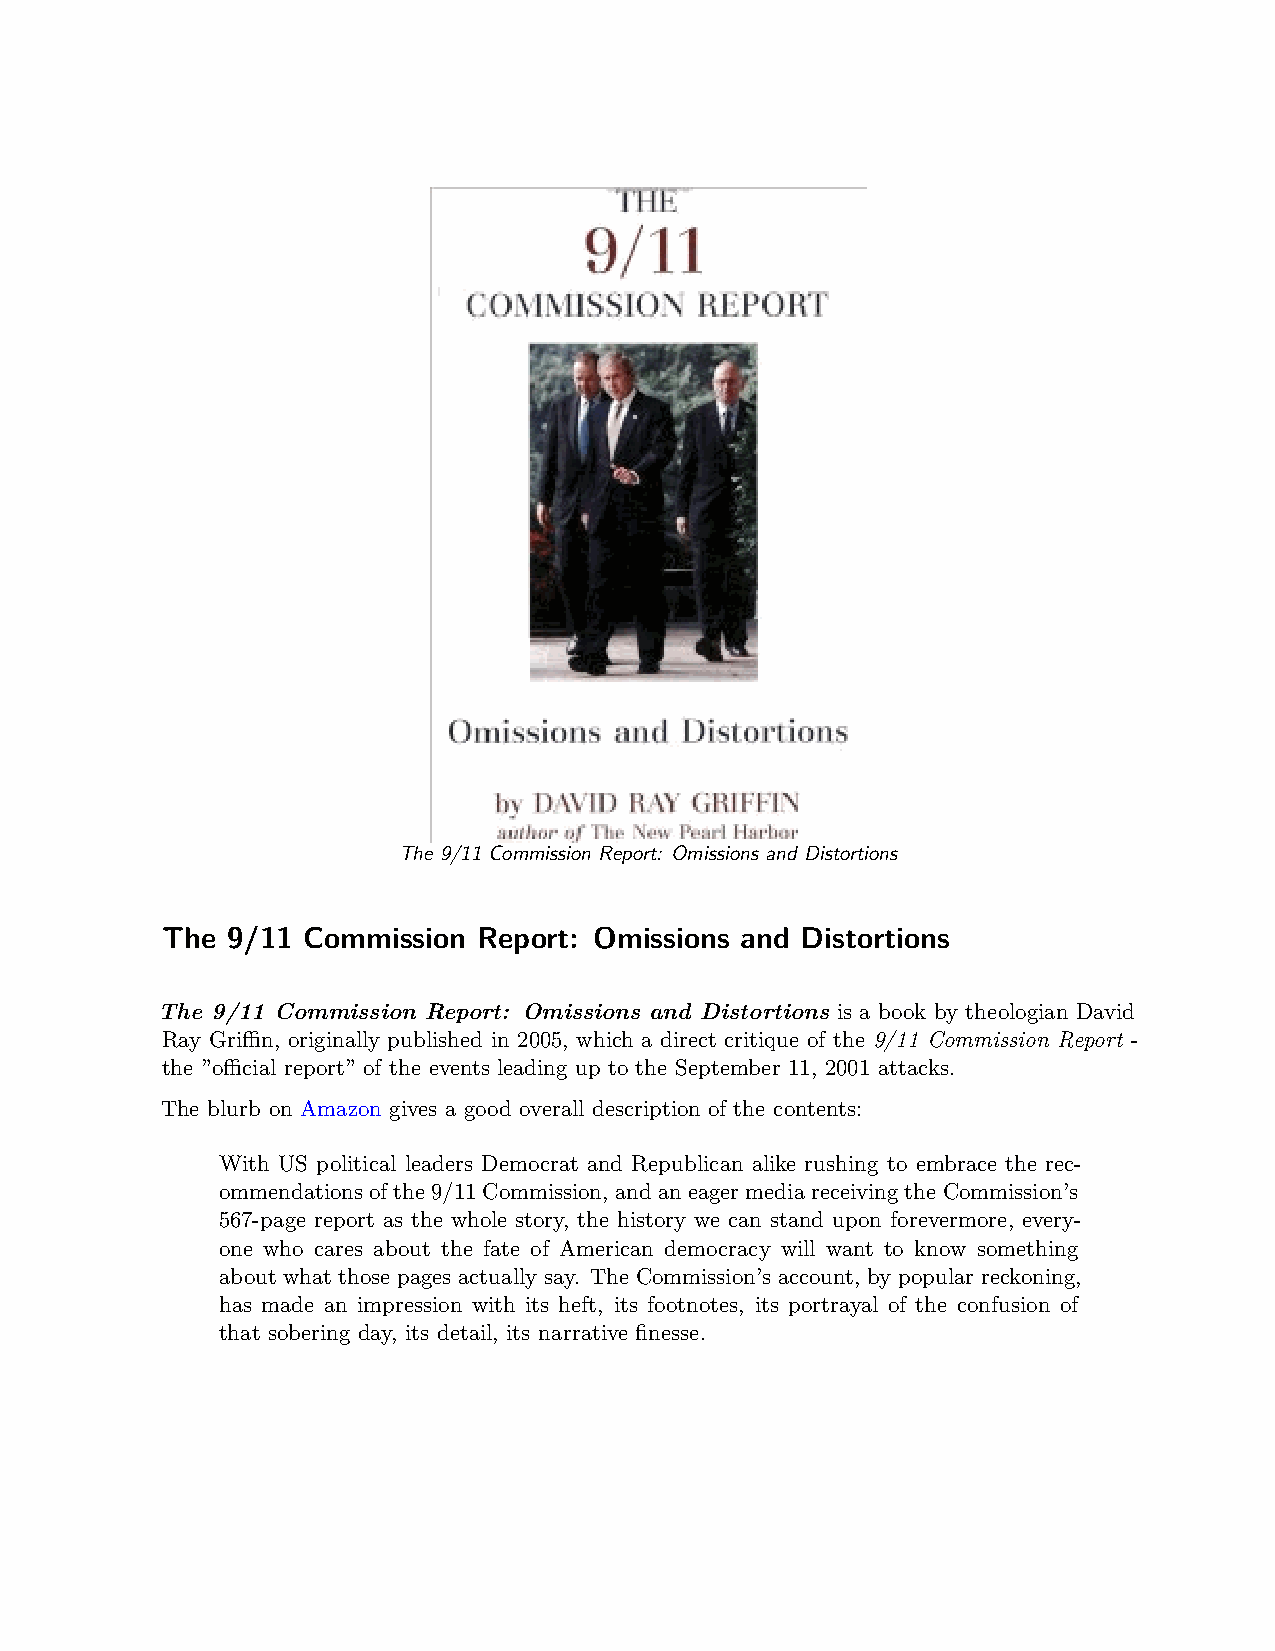
The 9/11 Commission Report: Omissions and Distortions
 The 9/11 Commission  Report: Omissions and Distortions
 The 9/11 Commission Report: Omissions and Distortions is a book by theologian David
 Ray Griﬀin, originally published in 2005, which a direct critique of the 9/11 Commission Report -
 the ”oﬀicial report” of the events leading up to the September 11, 2001 attacks.
 The blurb on Amazon gives a good overall description of the contents:
 With US political leaders Democrat and Republican alike rushing to embrace the rec-
 ommendationsofthe9/11Commission, andaneagermediareceivingtheCommission’s
 567-page report as the whole story, the history we can stand upon forevermore, every-
 one who cares about the fate of American democracy will want to know something
 about what those pages actually say. The Commission’s account, by popular reckoning,
 has made an impression with its heft, its footnotes, its portrayal of the confusion of
 that sobering day, its detail, its narrative finesse.